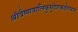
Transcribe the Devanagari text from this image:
श्रीवैष्णवालिकुमुदेशकठोरचन्द्र